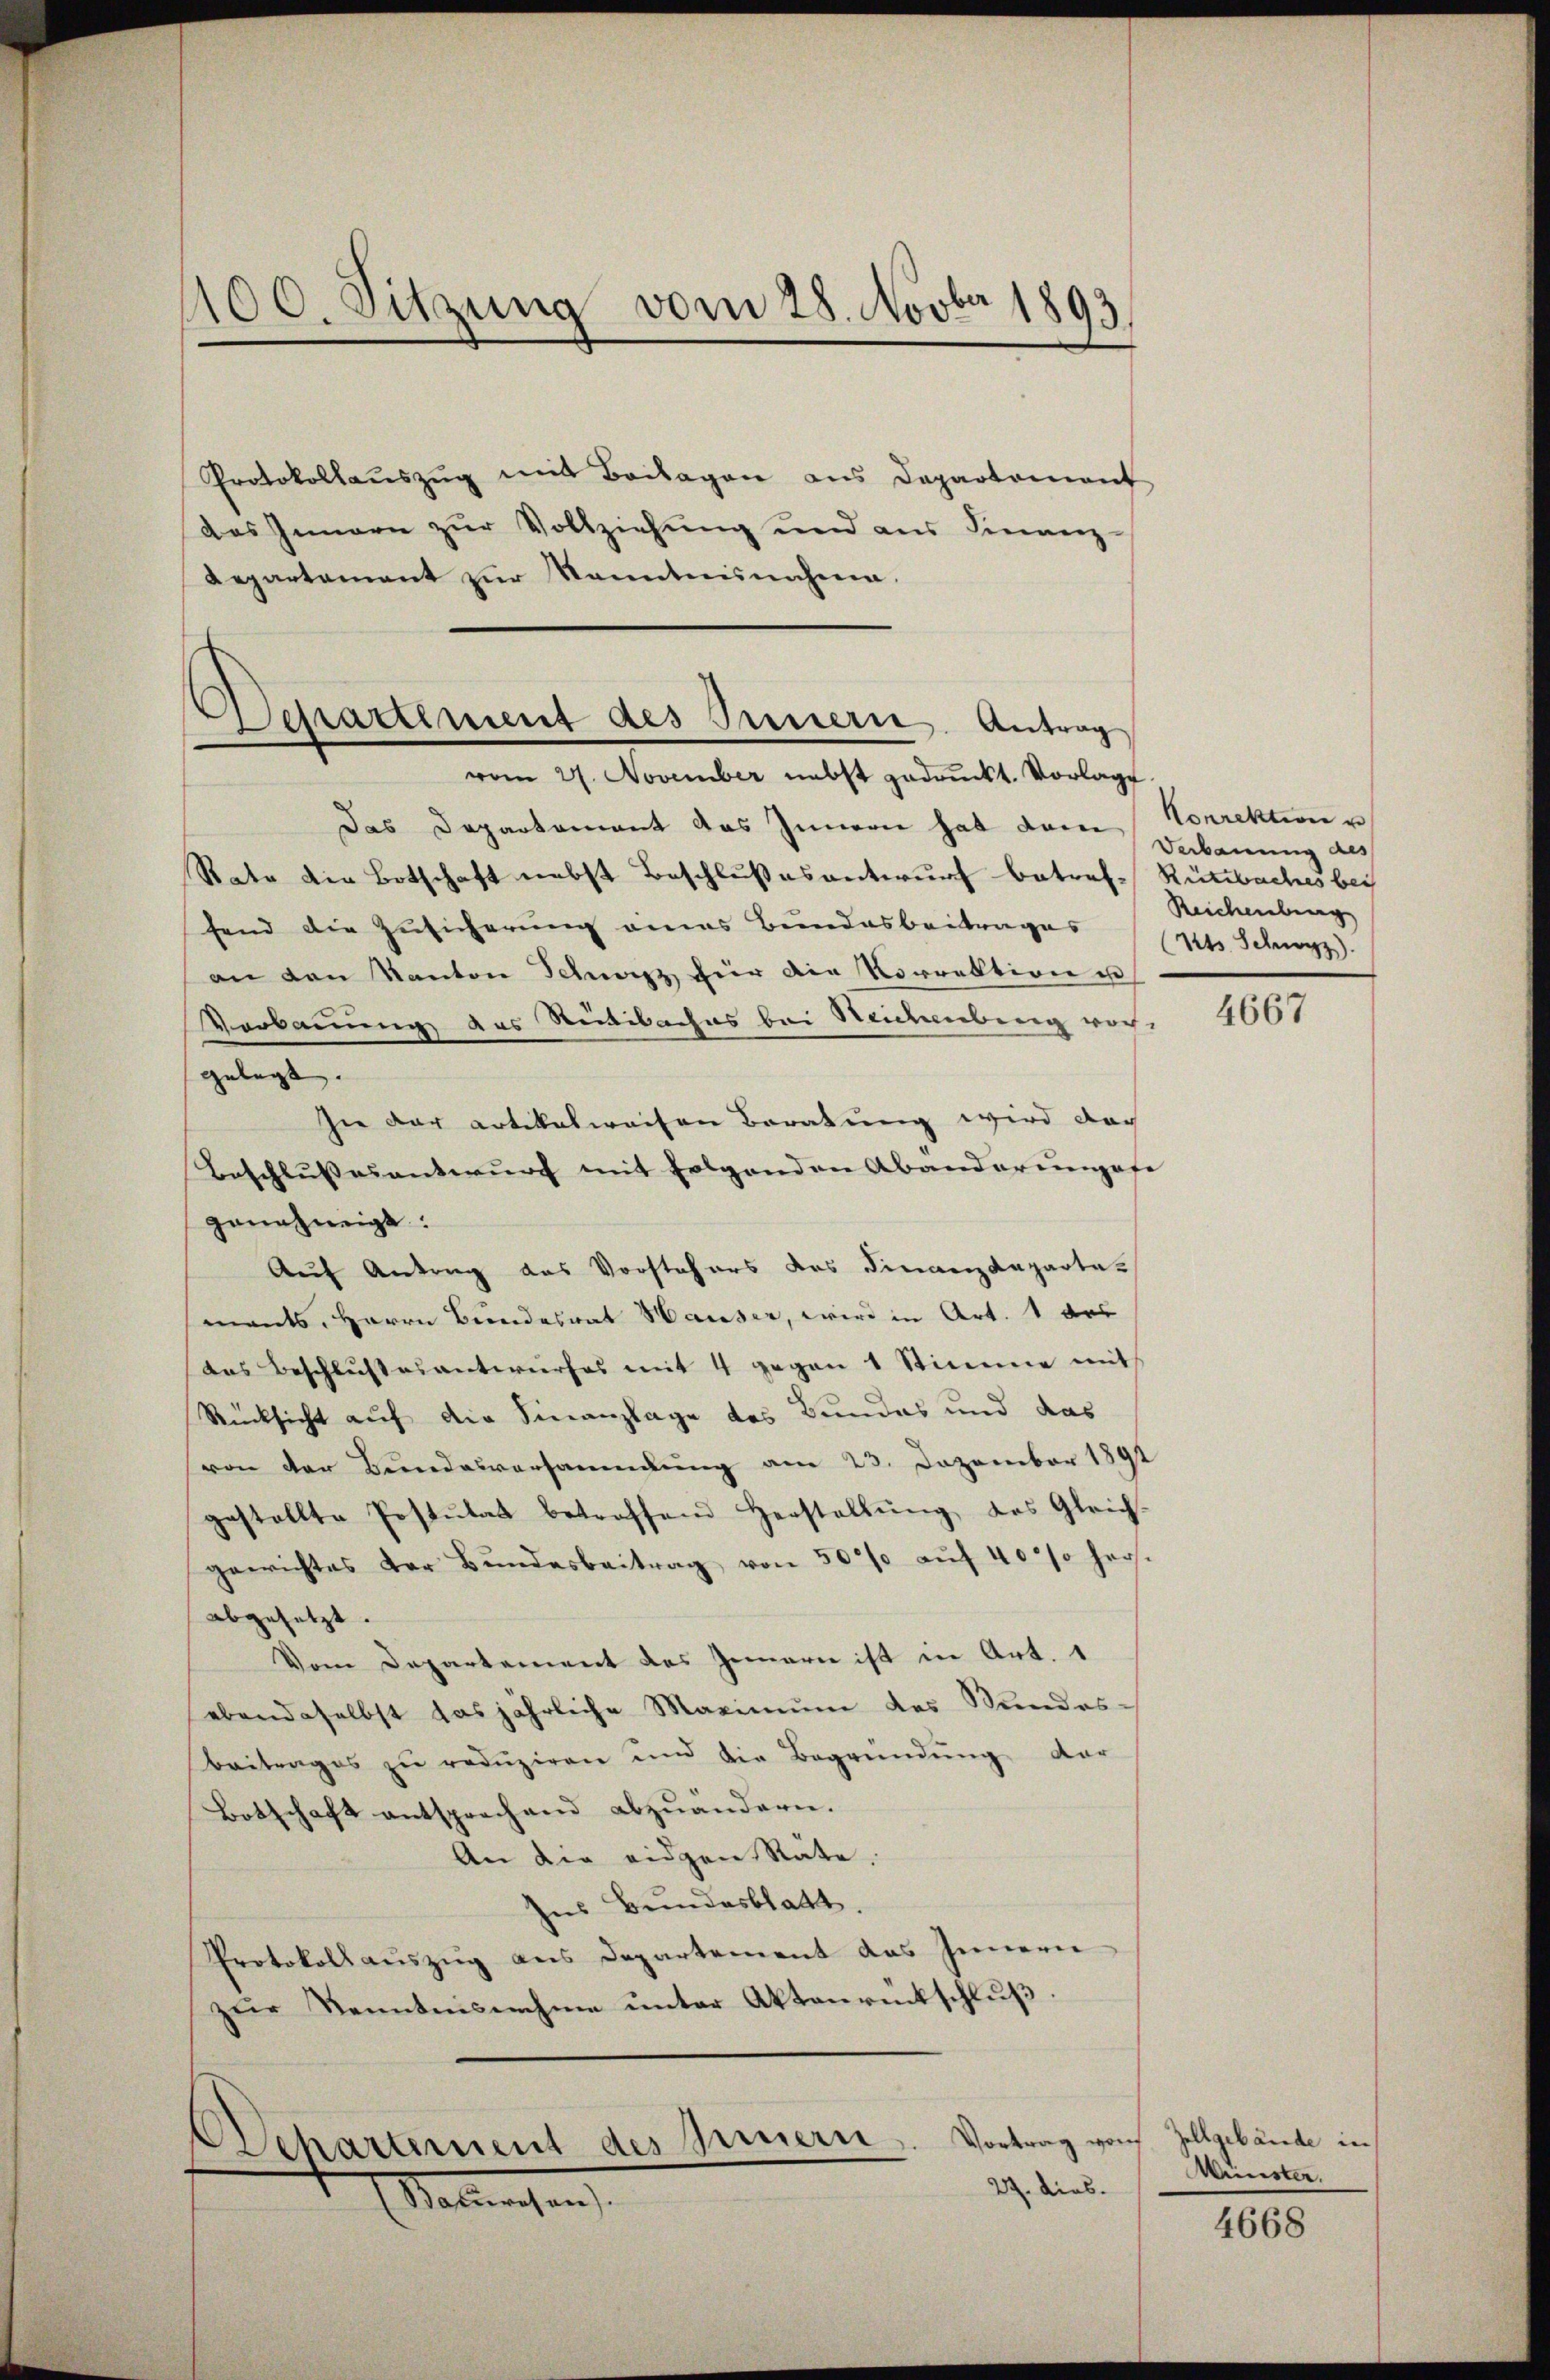
1100. Sitzung vom 28. Novber 1893.

Protokollaŭszŭg mit Beilagen aus Departament
Das Innern zur Vollziehung und aus Finanz-
Repartement zŭr Kenntnisnahme.

Departement des Innern Antrag
vom 27. November nebst gedruckt. Vorlage

Das Departement das Innern hat dem
Rate die Botschaft nebst Beschlußes antwurf betref- Rüttbaches bei
fend die Zusicherung eines Bundesbeitrages
an den Kanton Schweiz für die Vorrektion u
Verbauung des Reitibaches bei Seidenberg vor-
gelegt. |
In der artikelweisen Beratung wird dar
Beschlussesentwurf mit folgenden Abanderumpofe
gananeigt:
Auf Antrag das Vorstehers des Finanzdepartemants, Herrn Bundesrat Hauser, wird in Art. 1 des
das Beschlussesentwurfes mit 4 gegen 1 Stimme mit
Rücksicht auf die Finanzlage des Bundes und das
von der Bundesversammlung am 23. Dezember 1891
gestellte Pestŭtat betroffend Herstellŭng des Gleich-
gerichtes der Bŭndesbeitrag von 500% aŭf 40% hers.
abgesetzt.
Vom Departement des Genern ist in Art. 1
ebendaselbst das jährliche Maximum des Stundes-
beitrages zŭ redŭziren und die Begründŭng dar
Botschaft entsprechend abzuändern.
An die eidgen Räte,
Ins Bundesblatt.
Protokoll auszug aus Departement das Innern
zur Kenntnisnehme unter Aktenrückschluß

Departement des Innern
(Salmachen

27. dies

Korrektion u
Verbauung des
Reichenburg
Kts. Schwyz).

4667

Vortrag von Zollgebäude in
Münster.

4668.